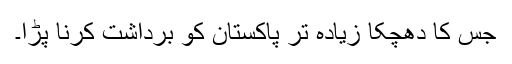
جس کا دھچکا زیادہ تر پاکستان کو برداشت کرنا پڑا۔